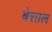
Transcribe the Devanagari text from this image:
बेत्ताल